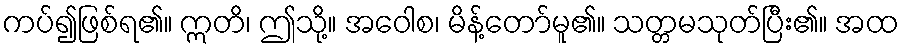
ကပ်၍ဖြစ်ရ၏။ ဣတိ၊ ဤသို့။ အဝေါစ၊ မိန့်တော်မူ၏။ သတ္တမသုတ်ပြီး၏။ အထ